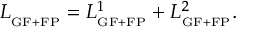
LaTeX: L _ { _ { \mathrm { G F + F P } } } = L _ { _ { \mathrm { G F + F P } } } ^ { 1 } + L _ { _ { \mathrm { G F + F P } } } ^ { 2 } .